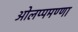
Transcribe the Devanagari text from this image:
ओलप्पमण्णा